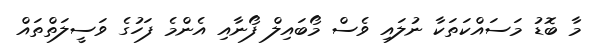
މާ ބޮޑު މަސައްކަތަކާ ނުލައި ވެސް މޯބައިލް ފޯނާއި އެންމެ ފަހުގެ ވަސީލަތްތައް